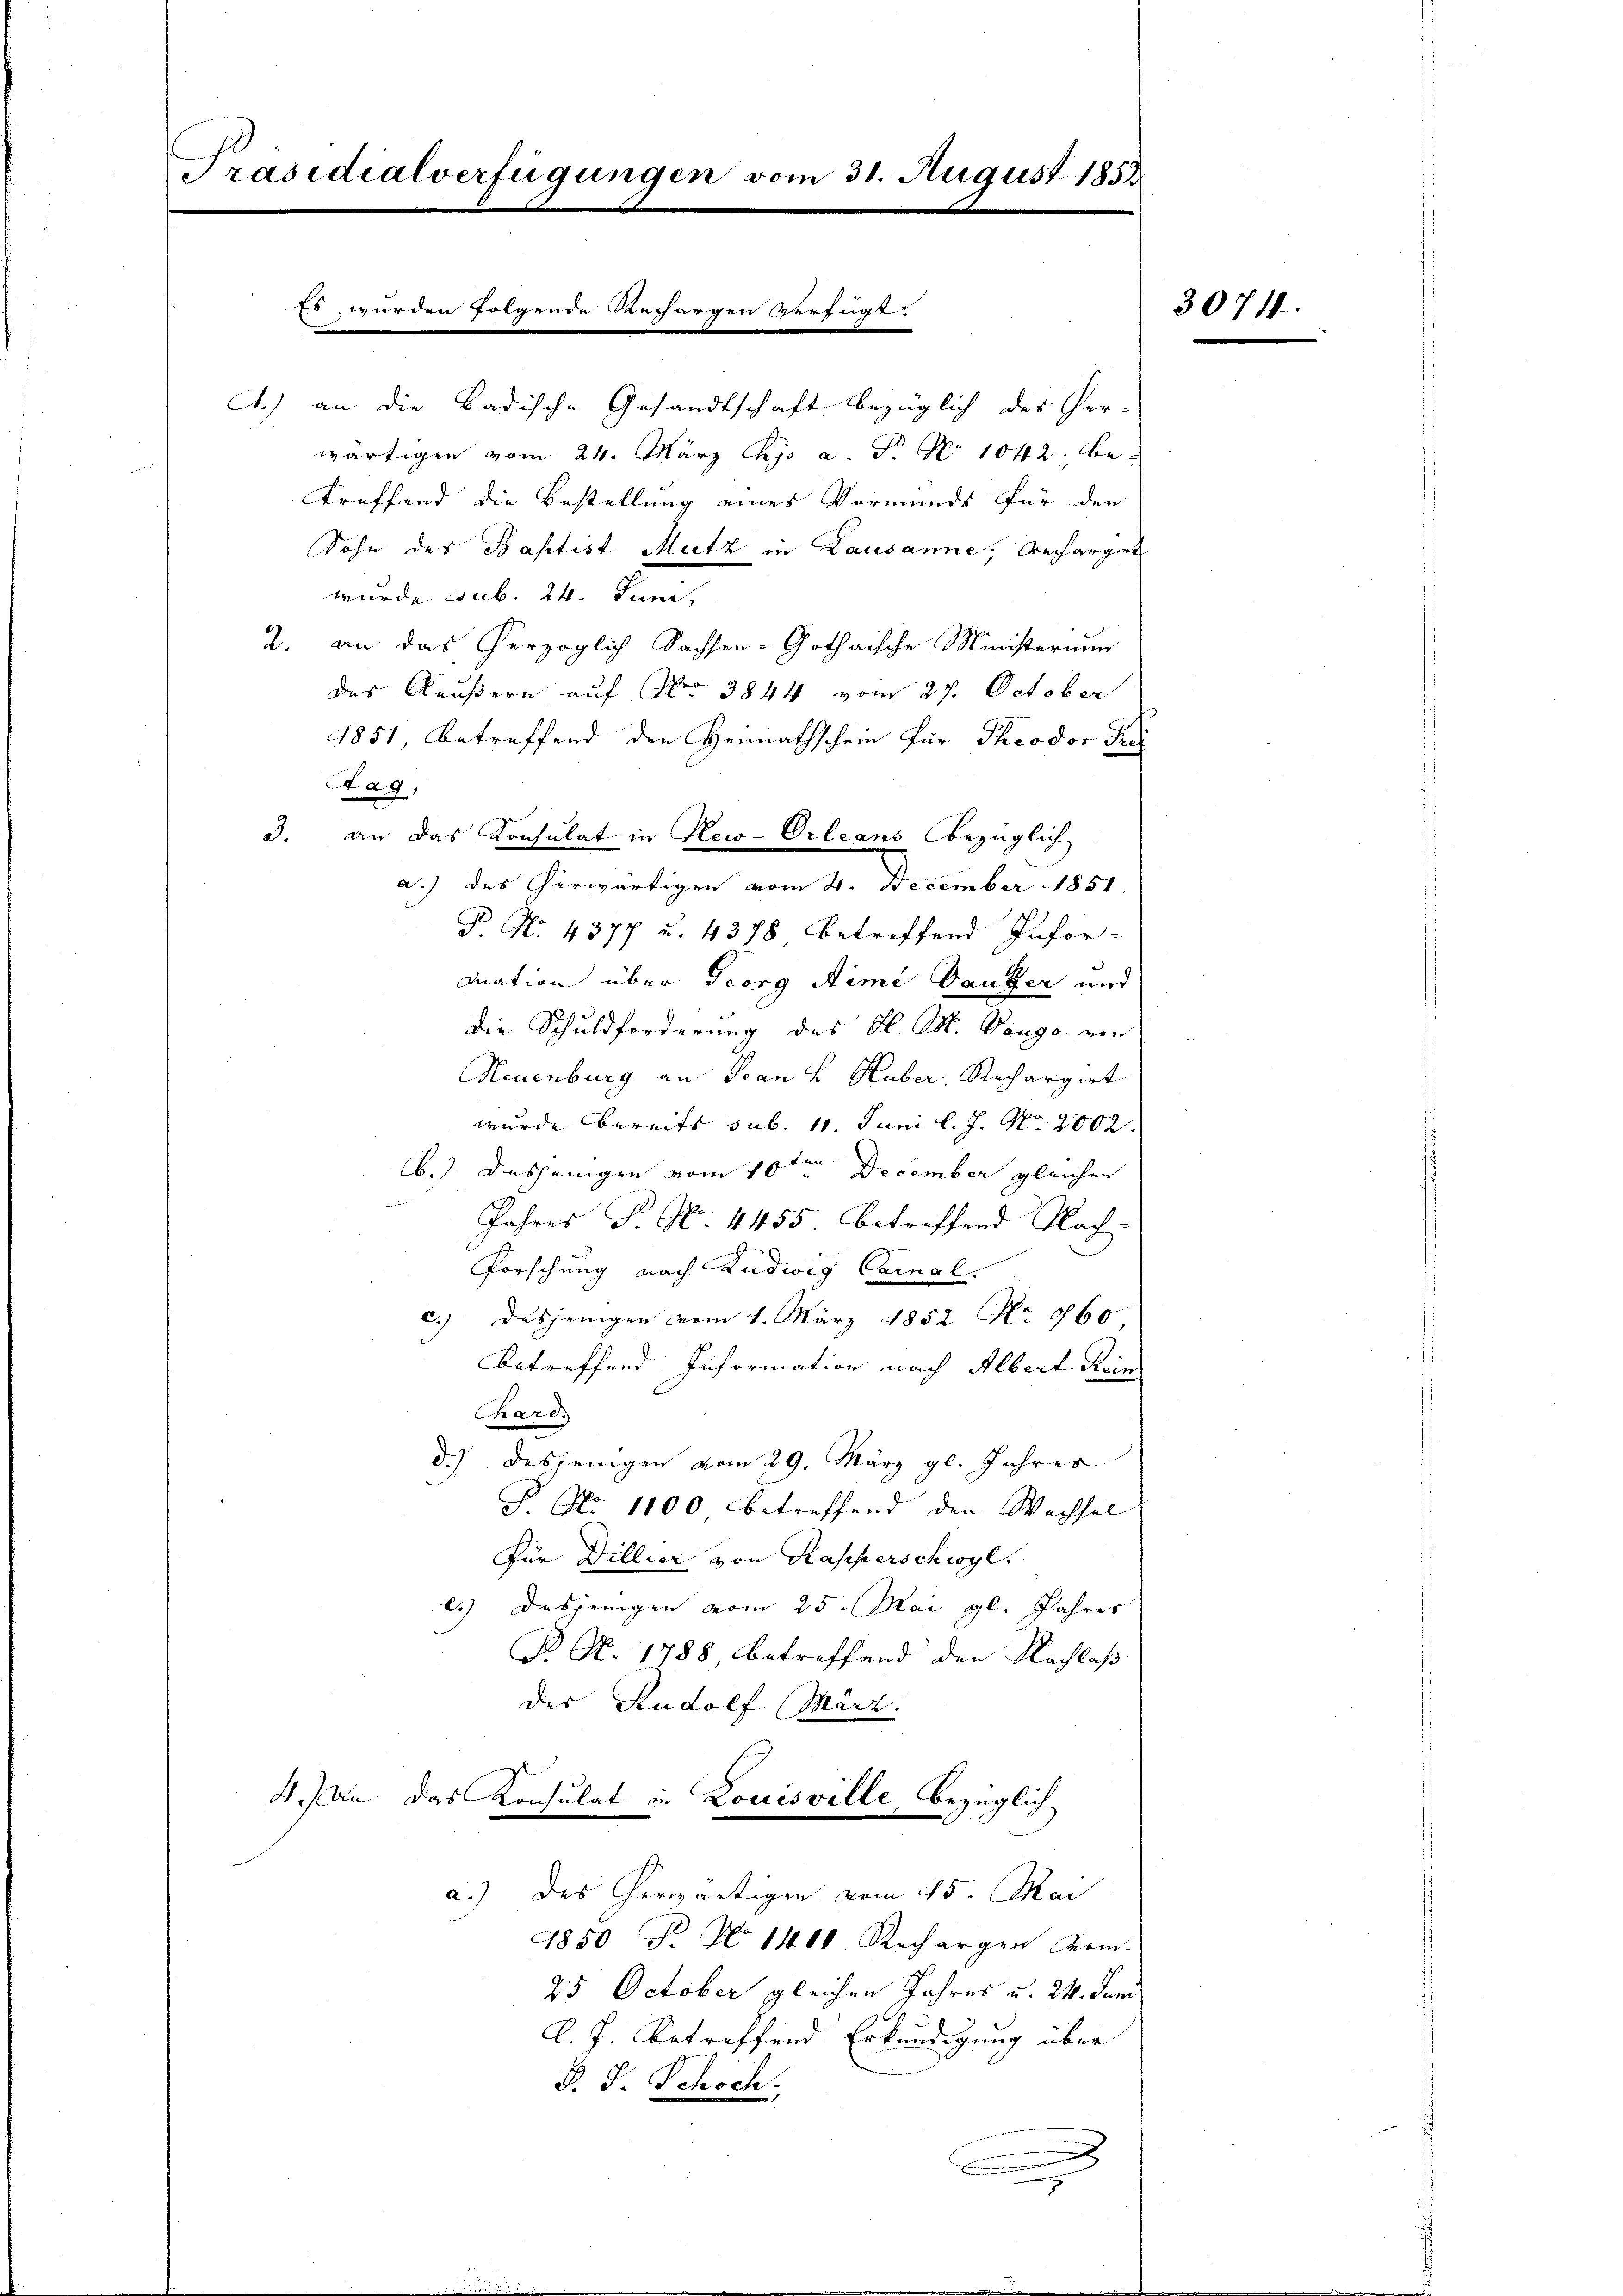
Präsidialverfügungen vom 31. August 1858.

C.) an die Badische Gesandtschaft bezüglich des Per-
wärtigen vom 24. März j a. F. No 1042. betreffend die Bestellung eines Vormunds für den
Sohn der Baptist Mutz in Lausanne, Rechargert
wurde sub. 24. Juni,
2. an das herzoglich Sachsen-Gothaische Ministerium
des Raußern auf No 3844 vom 27. October
1851, betreffend der Heimathschein für Theodor Fre
Stag,
3. an das Konsulat in New-Orleans bezüglich
ach der Kräutigen am 4. December 1891
P. No. 4377 u. 4378 betreffend Infor-
mation über Georg Aime Bauger und
die Schuldforderung des Hl. M. Vanga von
Neuenburg an Jean v. Huber, Rechargirt
wurde bereits sub. 11. Juni l. J. No. 2002.
b.). Dasjenigen vom 10ten December gleichen
Jahres P. N. 4455. betreffend Nach-
Forschung nach Ludwig Carnal.
c.) Dasjenigen vom 1. März 1852 No 860
betreffend Information nach Albert Hein
Char d.
d.) desjenigen vom 29. März gl. Jahres
J. No 1100 betreffend den Wachsel
Für Dillier von Kapperschwyl.
b.) Dasjenigen vom 25. Mai gl. Jahres
P. Nr. 1788 betreffend den Nachlaß
des Rudolf (Marz
4. an das Konsulat in Louisville, bezüglich
a.) des herwärtigen vom 25. Mai
1850 Fr. No 1401 Richargen derm
25 October gleichen Jahres u. 24. Juni
A. J. betreffend Erkundigung über
B. J. Schoch.
.
B

Es wurden folgende Rechargen verfügt

3074